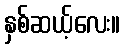
နှစ်ဆယ့်လေး။